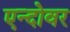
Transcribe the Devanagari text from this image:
एन्दोवर